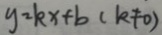
y = k x + b ( k \neq 0 )